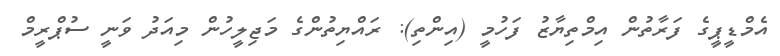
އެމްޑީޕީގެ ފަރާތުން އިމްތިޔާޒު ފަހުމީ (އިންތި): ރައްޔިތުންގެ މަޖިލީހުން މިއަދު ވަނީ ސުޕްރީމް